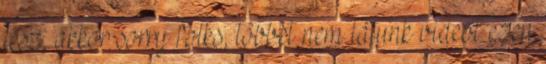
lesz, akkor sorry folks, többet nem látunk videót ezen